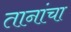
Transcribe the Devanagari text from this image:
तानांचा